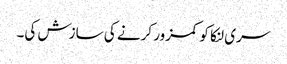
سری لنکا کو کمزور کرنے کی سازش کی۔